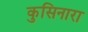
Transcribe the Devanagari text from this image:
कुसिनारा